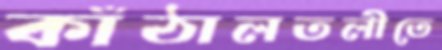
কাঁঠালতলীতে